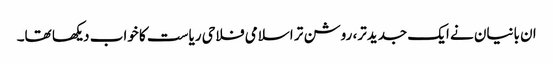
ان بانیان نے ایک جدیدتر، روشن تر اسلامی فلاحی ریاست کا خواب دیکھا تھا۔